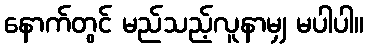
နောက်တွင် မည်သည့်လူနာမျှ မပါပါ။